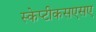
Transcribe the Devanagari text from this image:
स्केप्टीकसएसए